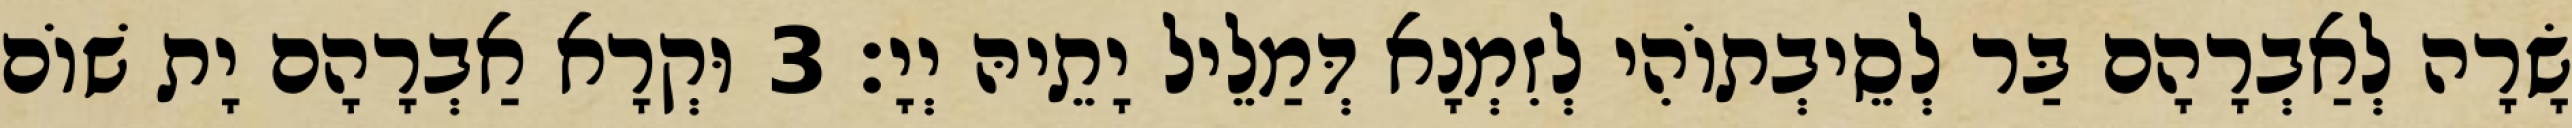
שָׂרָה לְאַבְרָהָם בַּר לְסֵיבְתוֹהִי לְזִמְנָא דְּמַלֵיל יָתֵיהּ יְיָ׃ 3 וּקְרָא אַבְרָהָם יָת שׁוֹם